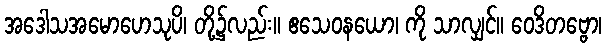
အဒေါသအမောဟေသုပိ၊ တို့၌လည်း။ ဧသေဝနယော၊ ကို သာလျှင်။ ဝေဒိတဗ္ဗော၊